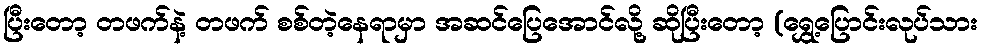
ပြီးတော့ တဖက်နဲ့ တဖက် စစ်တဲ့နေရာမှာ အဆင်ပြေအောင်လို့ ဆိုပြီးတော့ (ရွှေ့ပြောင်းလုပ်သား